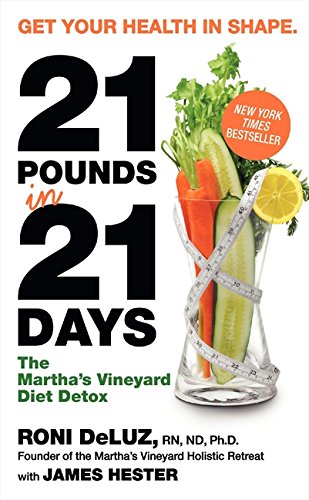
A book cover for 21 Pounds in 21 Days: The Martha's Vineyard Diet Detox; Roni DeLuz; Health, Fitness & Dieting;